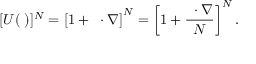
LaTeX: [ U ( \mathbf { \epsilon } ) ] ^ { N } = \left[ 1 + \mathbf { \epsilon } \cdot \nabla \right] ^ { N } = \left[ 1 + { \frac { \mathbf { \lambda } \cdot \nabla } { N } } \right] ^ { N } .